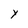
Character: t